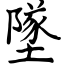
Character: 墜